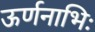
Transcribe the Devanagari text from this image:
ऊर्णनाभिः